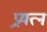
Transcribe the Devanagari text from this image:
प्र्रयत्न